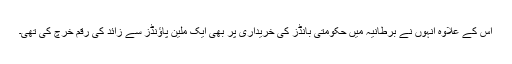
اس کے علاوہ انہوں نے برطانیہ میں حکومتی بانڈز کی خریداری پر بھی ایک ملین پاؤنڈز سے زائد کی رقم خرچ کی تھی۔